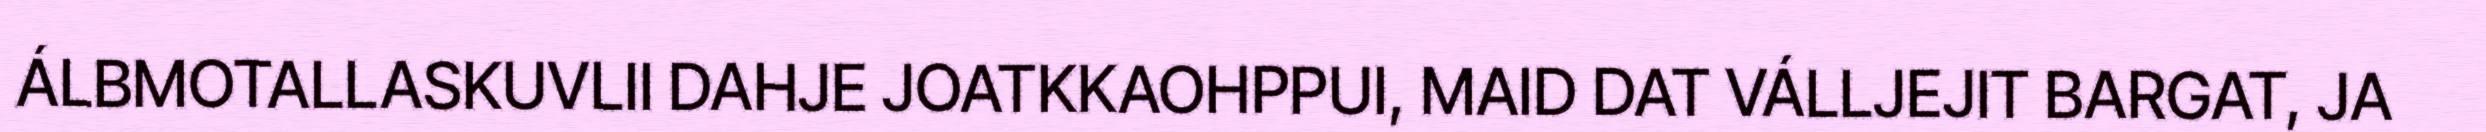
ÁLBMOTALLASKUVLII DAHJE JOATKKAOHPPUI, MAID DAT VÁLLJEJIT BARGAT, JA